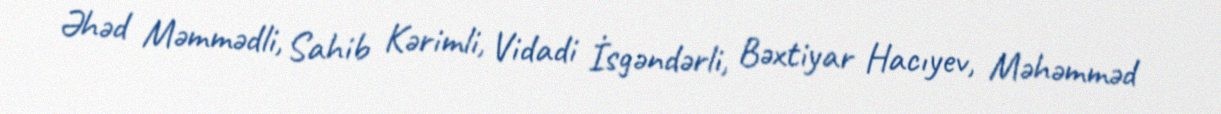
Əhəd Məmmədli, Sahib Kərimli, Vidadi İsgəndərli, Bəxtiyar Hacıyev, Məhəmməd